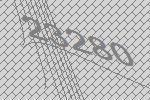
23280